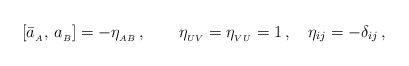
\begin{align*}[\bar{a}_{_A},\,a_{_B}]=-\eta_{_{AB}}\,,\qquad\eta_{_{UV}}=\eta_{_{VU}}=1\,,\quad\eta_{ij}=-\delta_{ij}\,,\end{align*}